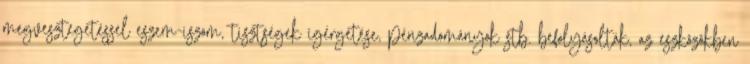
megvesztegetéssel eszem-iszom, tisztségek ígérgetése, pénzadományok stb. befolyásolták, az eszközökben